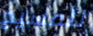
للمسيح